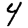
Digit: 4